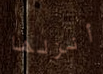
أنزلها